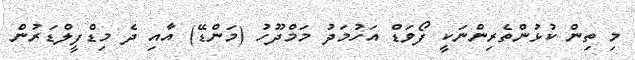
މި ތިން ކުޅުންތެރިންނަކީ ފޯވަޑް އަހުމަދު މަމްދޫހު (މަންޑޭ) އާއި ދެ މިޑްފީލްޑަރުން